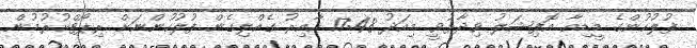
ފުލުހުންގެ މީޑިއާ އޮފިޝަލު ވިދާޅުވީ މިއަދު 17:48 ހާއިރު ގެއްލިގެން ފުލުހުންނަށް ރިޕޯޓްކުރުމުން